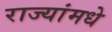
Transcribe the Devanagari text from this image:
राज्यांमधे